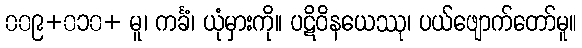
၀၀၉+၀၁၀+ မူ၊ ကင်္ခံ၊ ယုံမှားကို။ ပဋိဝိနယေဿု၊ ပယ်ဖျောက်တော်မူ။